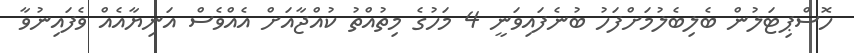
ހޮސްޕިޓަލުން ބެލިބެލުމަށްފަހު ބުނެފައިވަނީ 4 މަހުގެ މިތުއްތު ކުއްޖާއަށް އެއްވެސް އަނިޔާއެއް ވެފައިނުވާ